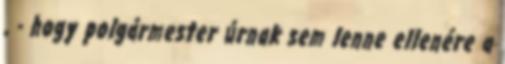
, - hogy polgármester úrnak sem lenne ellenére a